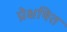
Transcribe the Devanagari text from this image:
प्रेक्षषित